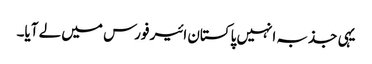
یہی جذبہ انہیں پاکستان ائیر فورس میں لے آیا۔